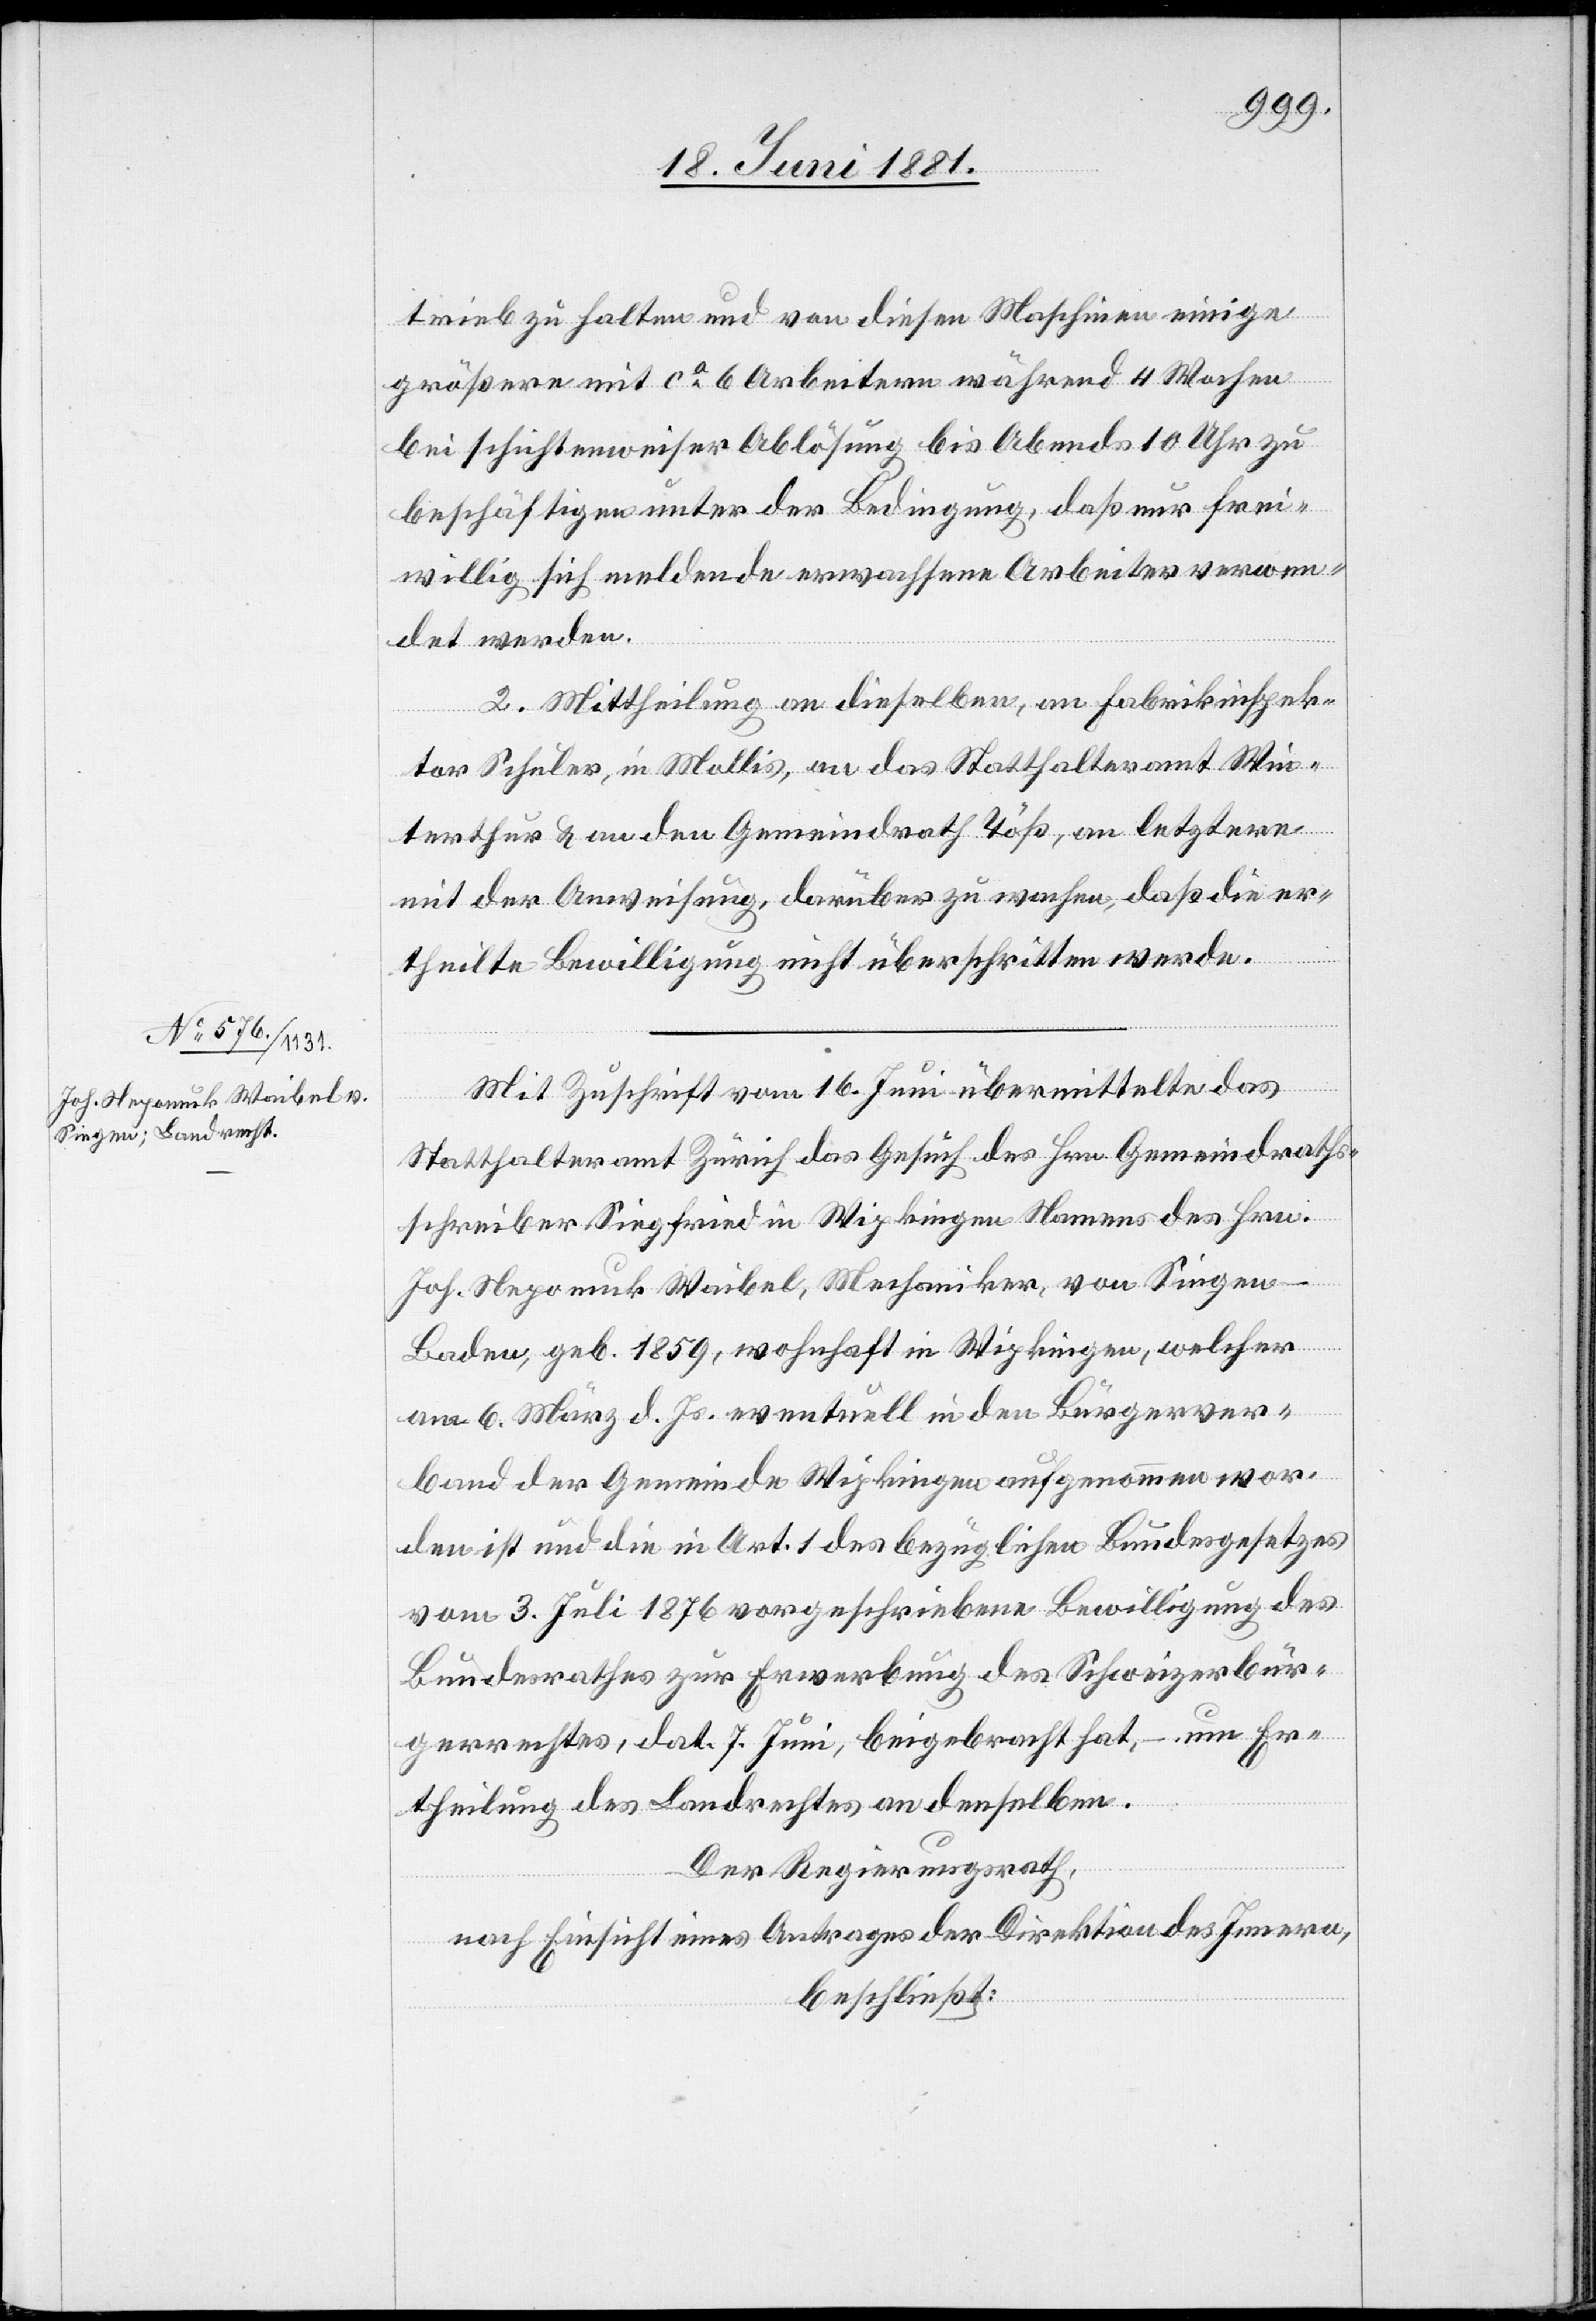
trieb zu halten und von diesen Maschinen einige
größere mit ca 6 Arbeitern während 4 Wochen
bei schichtweiser Ablösung bis Abends 10 Uhr zu
beschäftigen unter der Bedingung, daß nur frei¬
willig sich meldende erwachsene Arbeiter verwen¬
det werden.
2. Mittheilung an dieselben, an Fabrikinspek¬
tor Schuler, in Mollis, an das Statthalteramt Win¬
terthur & an den Gemeindrath Töß, an letztere
mit der Anweisung, darüber zu wachen, daß die er¬
theilte Bewilligung nicht überschritten werde.
Mit Zuschrift vom 16. Juni übermittelte das
Statthalteramt Zürich das Gesuch des Hrn. Gemeindraths¬
schreiber Siegfried in Wipkingen Namens des Hrn.
Joh. Nepomuk Waibel, Mechaniker, von Singen
Baden, geb. 1859, wohnhaft in Wipkingen, welcher
Er¬
am 6. März d. Js. eventuell in den Bürgerver¬
band der Gemeinde Wipkingen aufgenommen wor¬
den ist und die in Art. 1 des bezüglichen Bundesgesetzes
vom 3. Juli 1876 vorgeschriebene Bewilligung des
theilung des Landrechtes an denselben.
Der Regierungsrath,
nach Einsicht eines Antrages der Direktion des Innern,
beschließt: